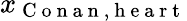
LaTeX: x_{\mathrm{~C~o~n~a~n~,~h~e~a~r~t~}}